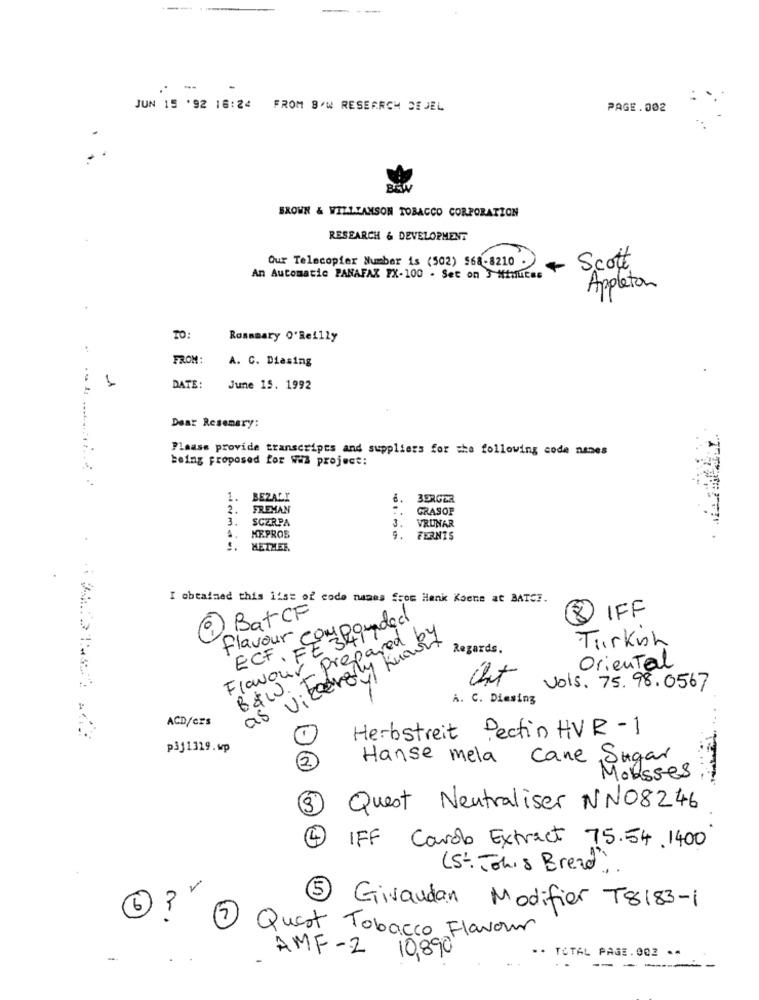
- --
JUN 15 '92 16:24 FROM 8/W RESEARCH DE JEL
PAGE.002
BROWN & WILLIAMSON TOBACCO CORPORATION
RESEARCH & DEVELOPMENT
Our Telecopier Number is (502) 568-8210 .
Scott
An Automatic PANAFAX FX-100 . Set on 3 Minutes
Appleton
TO:
Rosemary O'Reilly
FROM:
A. C. Diasing
1
DATE :
June 15. 1992
Dear Resemary:
Please provide transcripts and suppliers for the following code nanes
being proposed for wia project:
1. BEZALY
BERGER
2. FREMAN
GRASOF
3.
3. SCARPA
VRUNAR
4. KEPROB
9.
FERNIS
S. METHER
I obtained this list of code names from Hank Koene at BATCE.
8 IFF
6) Bat CF
flavour compounded
Flavour prepared b
viceraly knowit
Turkish
ECF.FE 3
Regards.
Oriental
Cht
B&W.
vols. 75. 98.0567
A. C. Diesing
ACD/crs
as
Herbstreit Pectin HVR -1
1-
p3j1319.wp
Hanse mela Cane Sugar
Mousses
02
Quest Neutraliser NN08246
4
IFF Carob Extract 75.54. 1400
(St. Tohis Bread",
5
6
Givaudan Modifier T8183-1
7
Quest Tobacco Flavour
AMF-Z 10,890
.. TOTAL PAGE.002 **
-
--
-